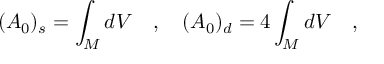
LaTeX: ( A _ { 0 } ) _ { s } = \int _ { \cal M } d V ~ ~ ~ , ~ ~ ~ ( A _ { 0 } ) _ { d } = 4 \int _ { \cal M } d V ~ ~ ~ ,